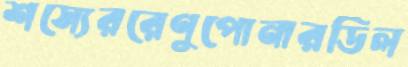
শস্যেররেণুপোনারডিল